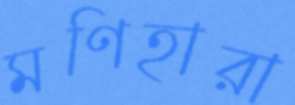
মণিহারা